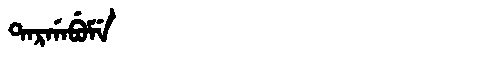
Manchu: ᡨᠠᡵᡤᠠᠪᡠᠮᡝ
Romanization: TARGABUME